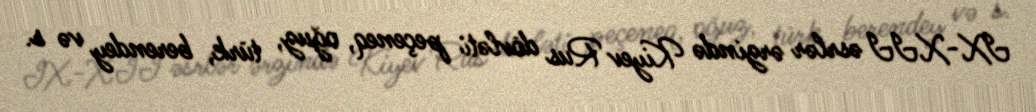
IX-XII əsrlər ərzində Kiyev Rus dövləti peçeneq, oğuz, türk, berendey və s.